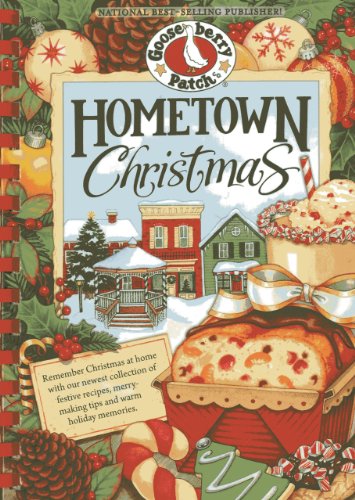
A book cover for Hometown Christmas: Remember Christmas at home with our newest collection of festive recipes, merrymaking tips and warm holiday memories (Seasonal Cookbook Collection); Gooseberry Patch; Cookbooks, Food & Wine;